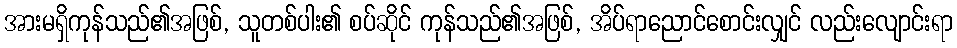
အားမရှိကုန်သည်၏အဖြစ်, သူတစ်ပါး၏ စပ်ဆိုင် ကုန်သည်၏အဖြစ်, အိပ်ရာညောင်စောင်းလျှင် လည်းလျောင်းရာ